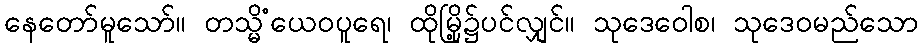
နေတော်မူသော်။ တသ္မိံယေဝပူရေ၊ ထိုမြို့၌ပင်လျှင်။ သုဒေဝေါစ၊ သုဒေဝမည်သော